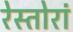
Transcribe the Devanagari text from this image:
रेस्तोरां